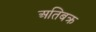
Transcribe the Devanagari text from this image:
अतिबक्र